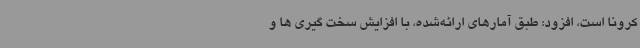
کرونا است، افزود: طبق آمارهای ارائه‌شده، با افزایش سخت گیری ها و